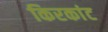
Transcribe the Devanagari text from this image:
किरकांट